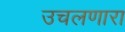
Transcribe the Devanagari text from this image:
उचलणारा